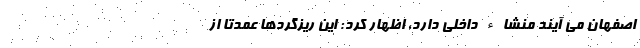
اصفهان می آیند منشاء داخلی دارد، اظهار کرد: این ریزگردها عمدتا از